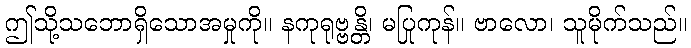
ဤသို့သဘောရှိသောအမှုကို။ နကုရုဗ္ဗန္တိ၊ မပြုကုန်။ ဗာလော၊ သူမိုက်သည်။